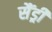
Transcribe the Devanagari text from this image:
सैंड्री